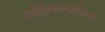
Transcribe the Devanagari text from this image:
एथेरोसक्लेरोसिस